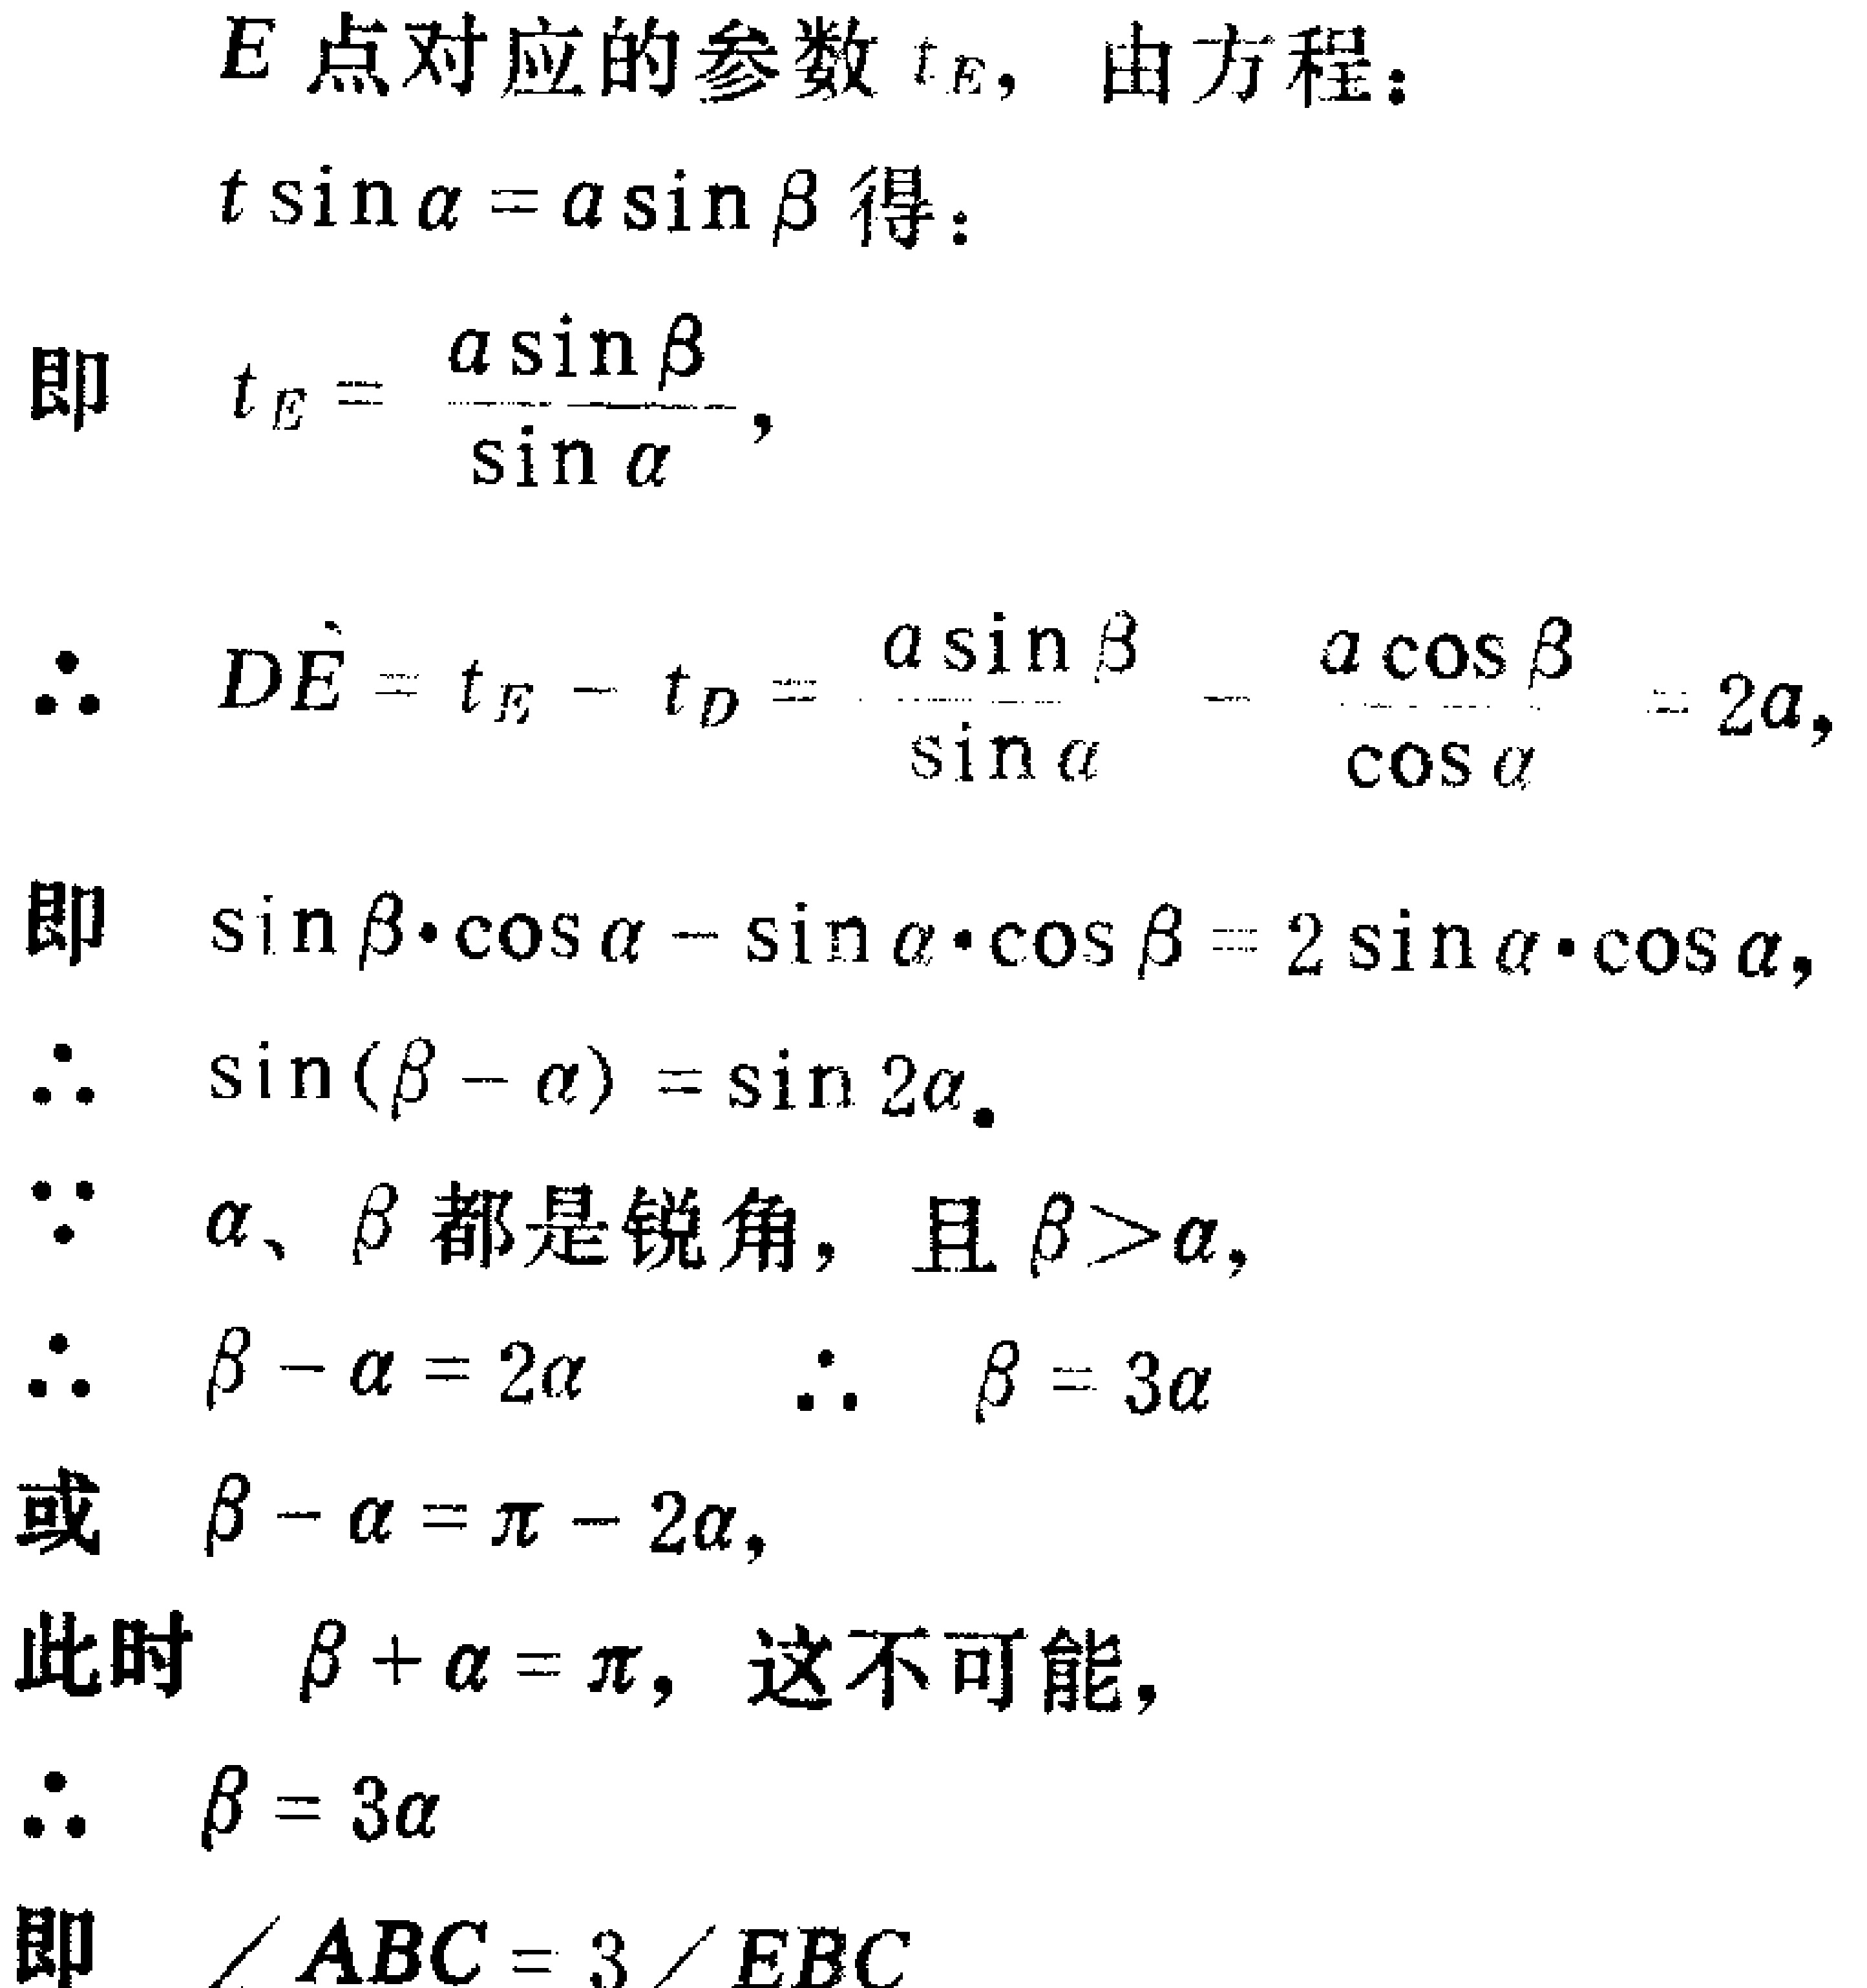
$E$点对应的参数$t_E$，由方程：

$t\sin\alpha = a\sin\beta$得：

即 \(t_E = \frac{a\sin\beta}{\sin\alpha}\)，

\(\therefore \overrightarrow{DE}=t_E - t_D = \frac{a\sin\beta}{\sin\alpha}-\frac{a\cos\beta}{\cos\alpha}=2a\)，

即 \(\sin\beta\cdot\cos\alpha - \sin\alpha\cdot\cos\beta = 2\sin\alpha\cdot\cos\alpha\)，

\(\therefore \sin(\beta - \alpha)=\sin2\alpha\)。

\(\because \alpha、\beta\)都是锐角，且\(\beta>\alpha\)，

\(\therefore \beta - \alpha = 2\alpha\)  \(\therefore \beta = 3\alpha\)

或 \(\beta - \alpha=\pi - 2\alpha\)，

此时 \(\beta + \alpha=\pi\)，这不可能，

\(\therefore \beta = 3\alpha\)

即 \(\angle ABC = 3\angle EBC\)